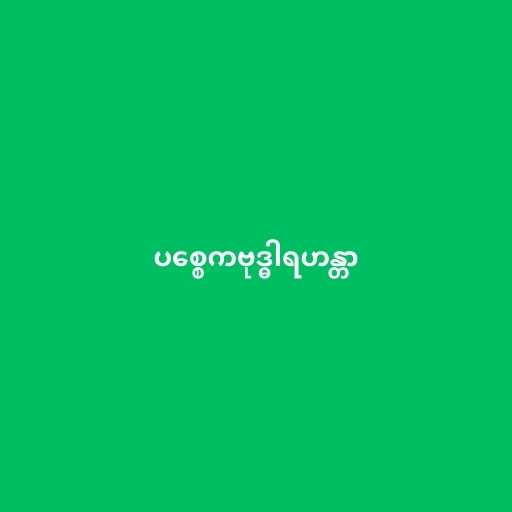
ပစ္စေကဗုဒ္ဓါရဟန္တာ